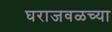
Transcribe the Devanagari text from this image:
घराजवळच्या